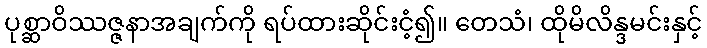
ပုစ္ဆာဝိဿဇ္ဇနာအချက်ကို ရပ်ထားဆိုင်းငံ့၍။ တေသံ၊ ထိုမိလိန္ဒမင်းနှင့်